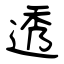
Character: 透